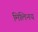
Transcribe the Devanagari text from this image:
मिलिनय